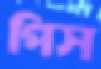
পিস